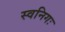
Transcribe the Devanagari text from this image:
स्वनिगः